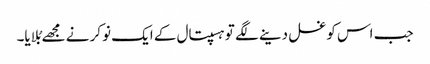
جب اس کو غسل دینے لگے تو ہسپتال کے ایک نوکر نے مجھے بُلایا۔